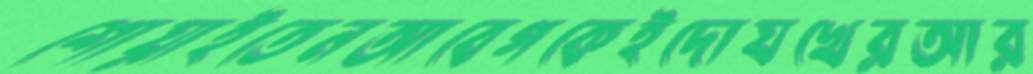
শোয়াইতেনআবেগকেইদোযখেরআর